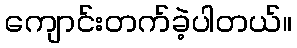
ကျောင်းတက်ခဲ့ပါတယ်။